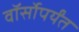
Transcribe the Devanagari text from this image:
वॉर्सोपर्यंत